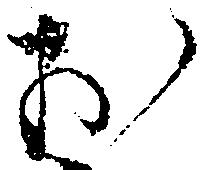
お